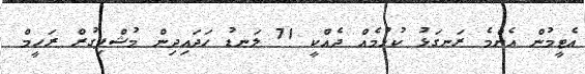
އެޓީމުން އެންމެ ރަނގަޅު ކުޅުމެއް ދެއްކީ 71 ލަނޑު ހަަދައިދިން މުޝްފިގުރް ރަހީމް